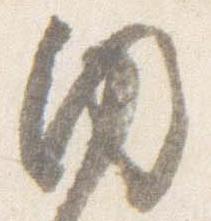
内